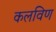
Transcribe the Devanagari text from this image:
कलविण